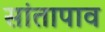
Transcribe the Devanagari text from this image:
सांतापाव